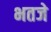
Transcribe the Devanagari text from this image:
भतजे